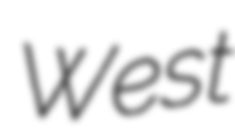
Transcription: West